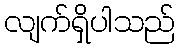
လျက်ရှိပါသည်